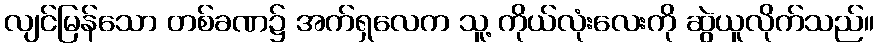
လျင်မြန်သော တစ်ခဏ၌ အက်ရှလေက သူ့ ကိုယ်လုံးလေးကို ဆွဲယူလိုက်သည်။